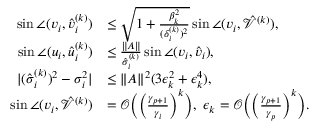
\begin{array} { r l } { \sin \angle ( v _ { i } , \hat { v } _ { i } ^ { ( k ) } ) } & { \leq \sqrt { 1 + \frac { \beta _ { k } ^ { 2 } } { ( \delta _ { i } ^ { ( k ) } ) ^ { 2 } } } \sin \angle ( v _ { i } , \mathcal { \hat { V } } ^ { ( k ) } ) , } \\ { \sin \angle ( u _ { i } , \hat { u } _ { i } ^ { ( k ) } ) } & { \leq \frac { \| A \| } { \hat { \sigma } _ { i } ^ { ( k ) } } \sin \angle ( v _ { i } , \hat { v } _ { i } ) , } \\ { | ( \hat { \sigma } _ { i } ^ { ( k ) } ) ^ { 2 } - \sigma _ { i } ^ { 2 } | } & { \leq \| A \| ^ { 2 } ( 3 \epsilon _ { k } ^ { 2 } + \epsilon _ { k } ^ { 4 } ) , } \\ { \sin \angle ( v _ { i } , \mathcal { \hat { V } } ^ { ( k ) } ) } & { = \mathcal { O } \biggl ( \biggl ( \frac { \gamma _ { p + 1 } } { \gamma _ { i } } \biggr ) ^ { k } \biggr ) , \ \epsilon _ { k } = \mathcal { O } \biggl ( \biggl ( \frac { \gamma _ { p + 1 } } { \gamma _ { p } } \biggr ) ^ { k } \biggr ) . } \end{array}